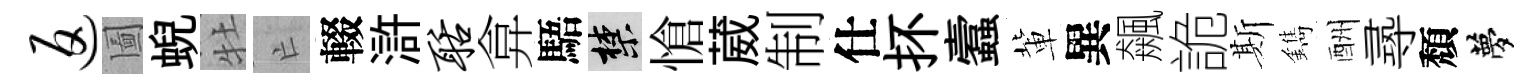
返圗蜺牡亡輟滸聒弇䮏禁愴葳制仕抔蠧軰異飆詭斯鐫酬𡬶頽夢